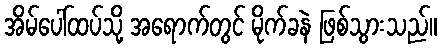
အိမ်ပေါ်ထပ်သို့ အရောက်တွင် မိုက်ခနဲ ဖြစ်သွားသည်။